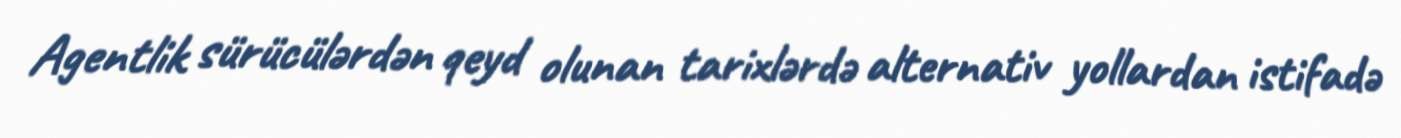
Agentlik sürücülərdən qeyd olunan tarixlərdə alternativ yollardan istifadə